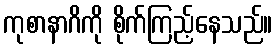
ကုစာနာဂိကို စိုက်ကြည့်နေသည်။